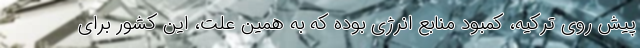
پیش روی ترکیه، کمبود منابع انرژی بوده که به همین علت، این کشور برای